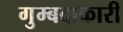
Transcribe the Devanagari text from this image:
गुम्बदाकारी